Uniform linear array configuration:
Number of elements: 8
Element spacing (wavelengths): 1
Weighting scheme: blackman
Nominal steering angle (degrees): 30
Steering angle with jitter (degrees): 31.99
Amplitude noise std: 0.05
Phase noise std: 0.05

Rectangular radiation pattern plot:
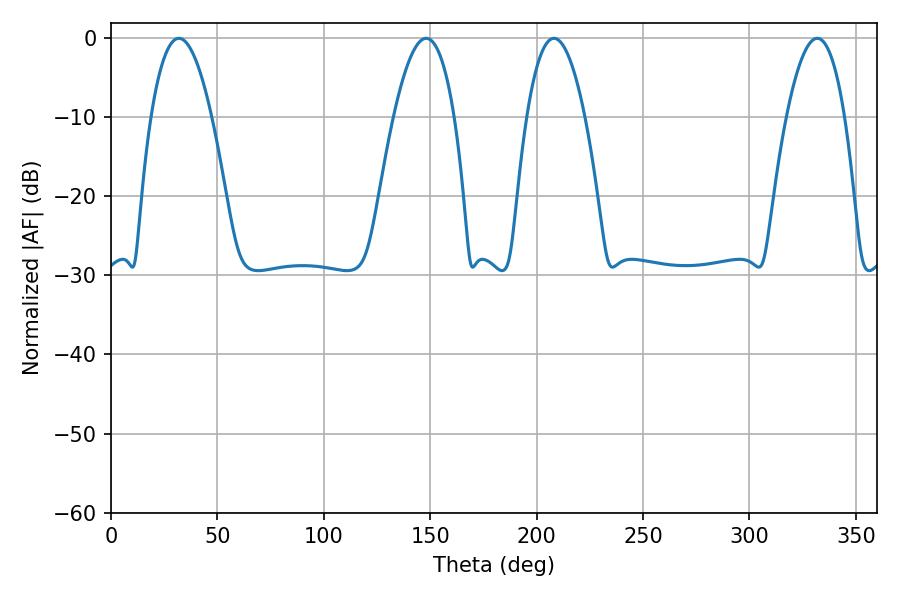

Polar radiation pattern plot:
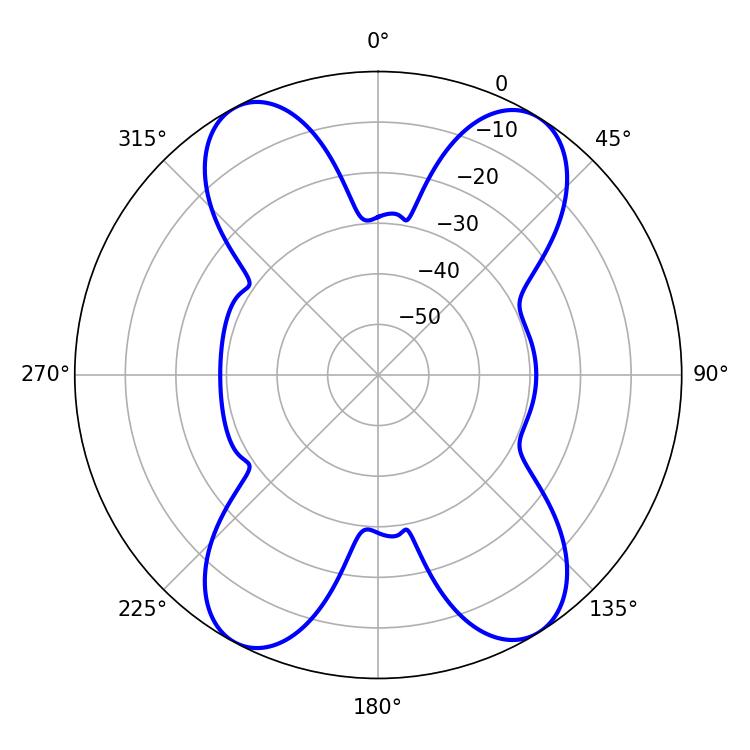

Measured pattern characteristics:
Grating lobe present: TRUE
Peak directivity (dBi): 16.416
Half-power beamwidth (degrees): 15.66
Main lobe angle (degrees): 31.86